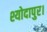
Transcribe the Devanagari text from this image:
श्योदापुर।